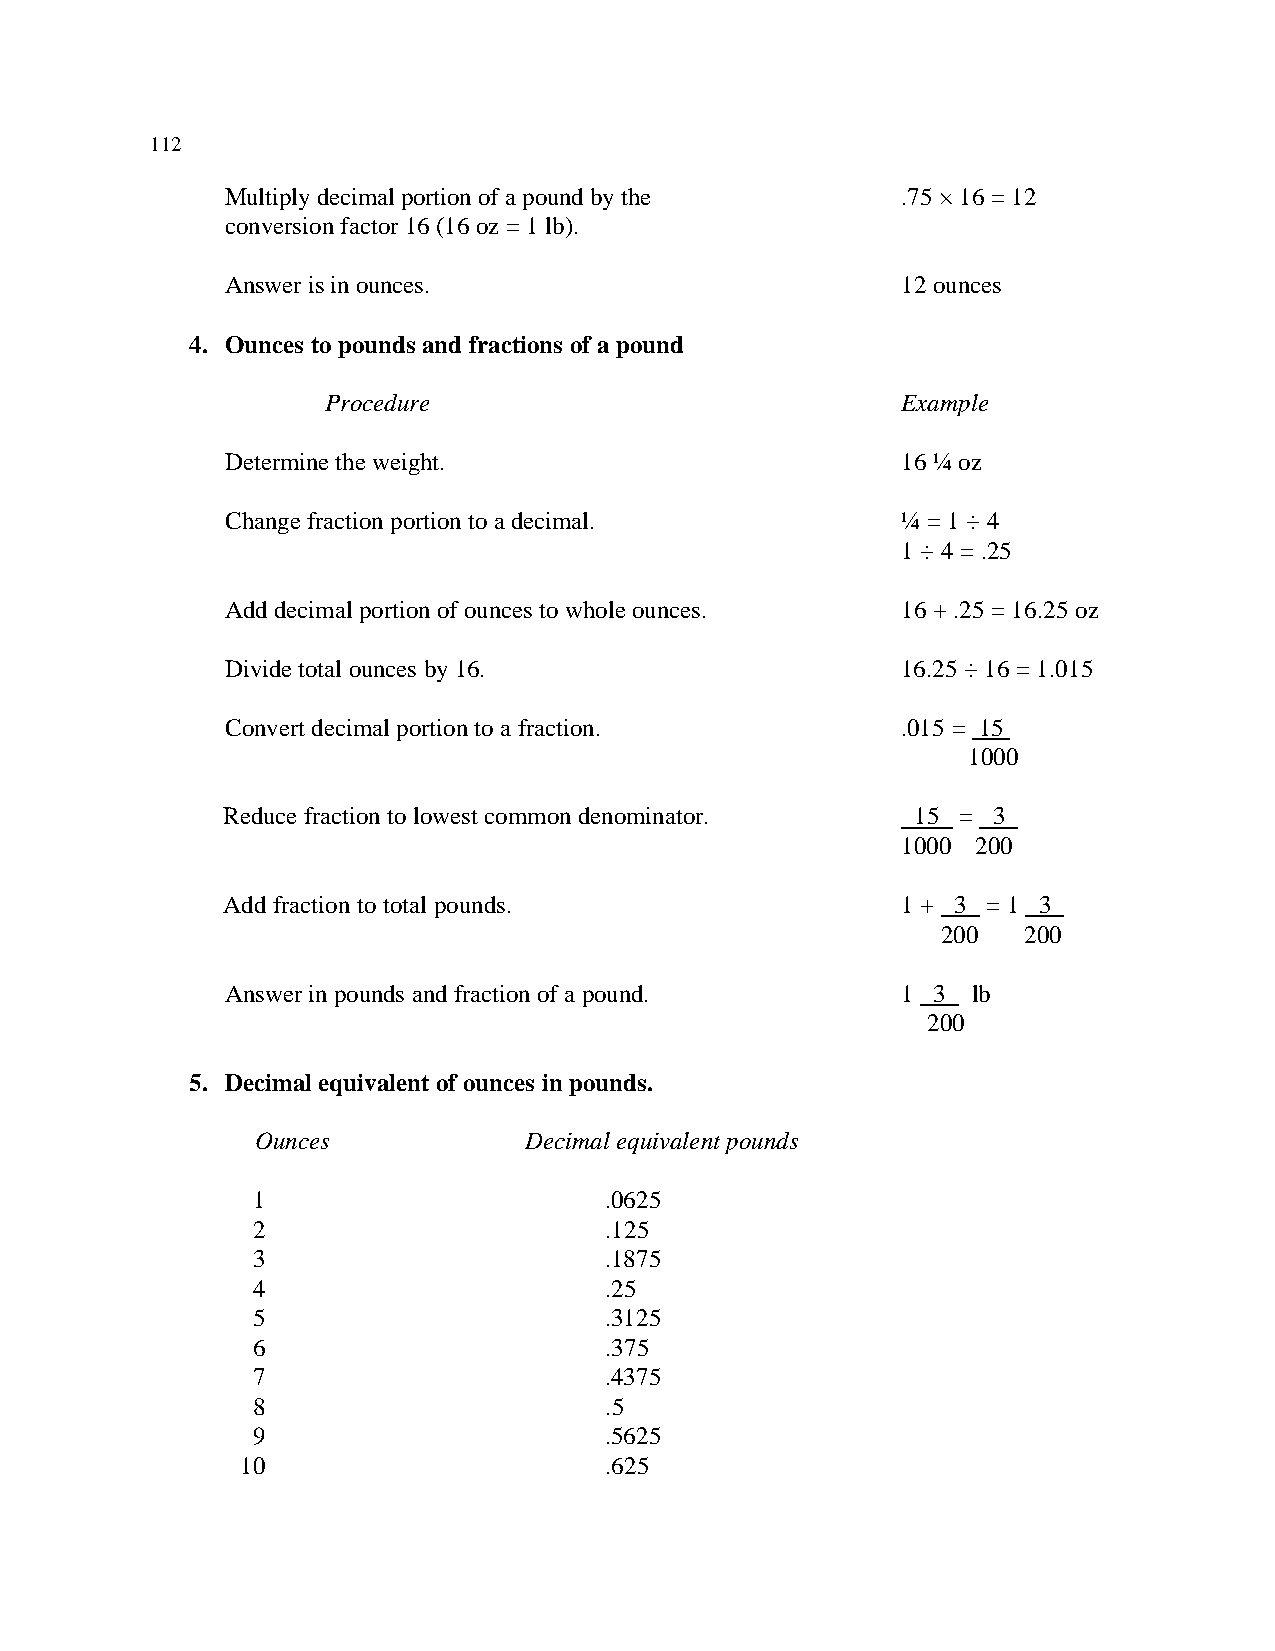
112
 Multiply decimal portion of a pound by the   .75 × 16 = 12
 conversion factor 16 (16 oz = 1 lb).
 Answer is in ounces.                         12 ounces
 4. Ounces to pounds and fractions of a pound
 Procedure                             Example
 Determine the weight.                        16 ¼ oz
 Change fraction portion to a decimal.        ¼ = 1 ÷ 4
 1 ÷ 4 = .25
 Add decimal portion of ounces to whole ounces. 16 + .25 = 16.25 oz
 Divide total ounces by 16.                   16.25 ÷ 16 = 1.015
 Convert decimal portion to a fraction.       .015 = 15
 1000
 Reduce fraction to lowest common denominator. 15 = 3
 1000 200
 Add fraction to total pounds.                1 + 3 = 1 3
 200   200
 Answer in pounds and fraction of a pound.    1 3 lb
 200
 5. Decimal equivalent of ounces in pounds.
 Ounces            Decimal equivalent pounds
 1                      .0625
 2                      .125
 3                      .1875
 4                      .25
 5                      .3125
 6                      .375
 7                      .4375
 8                      .5
 9                      .5625
 10                      .625